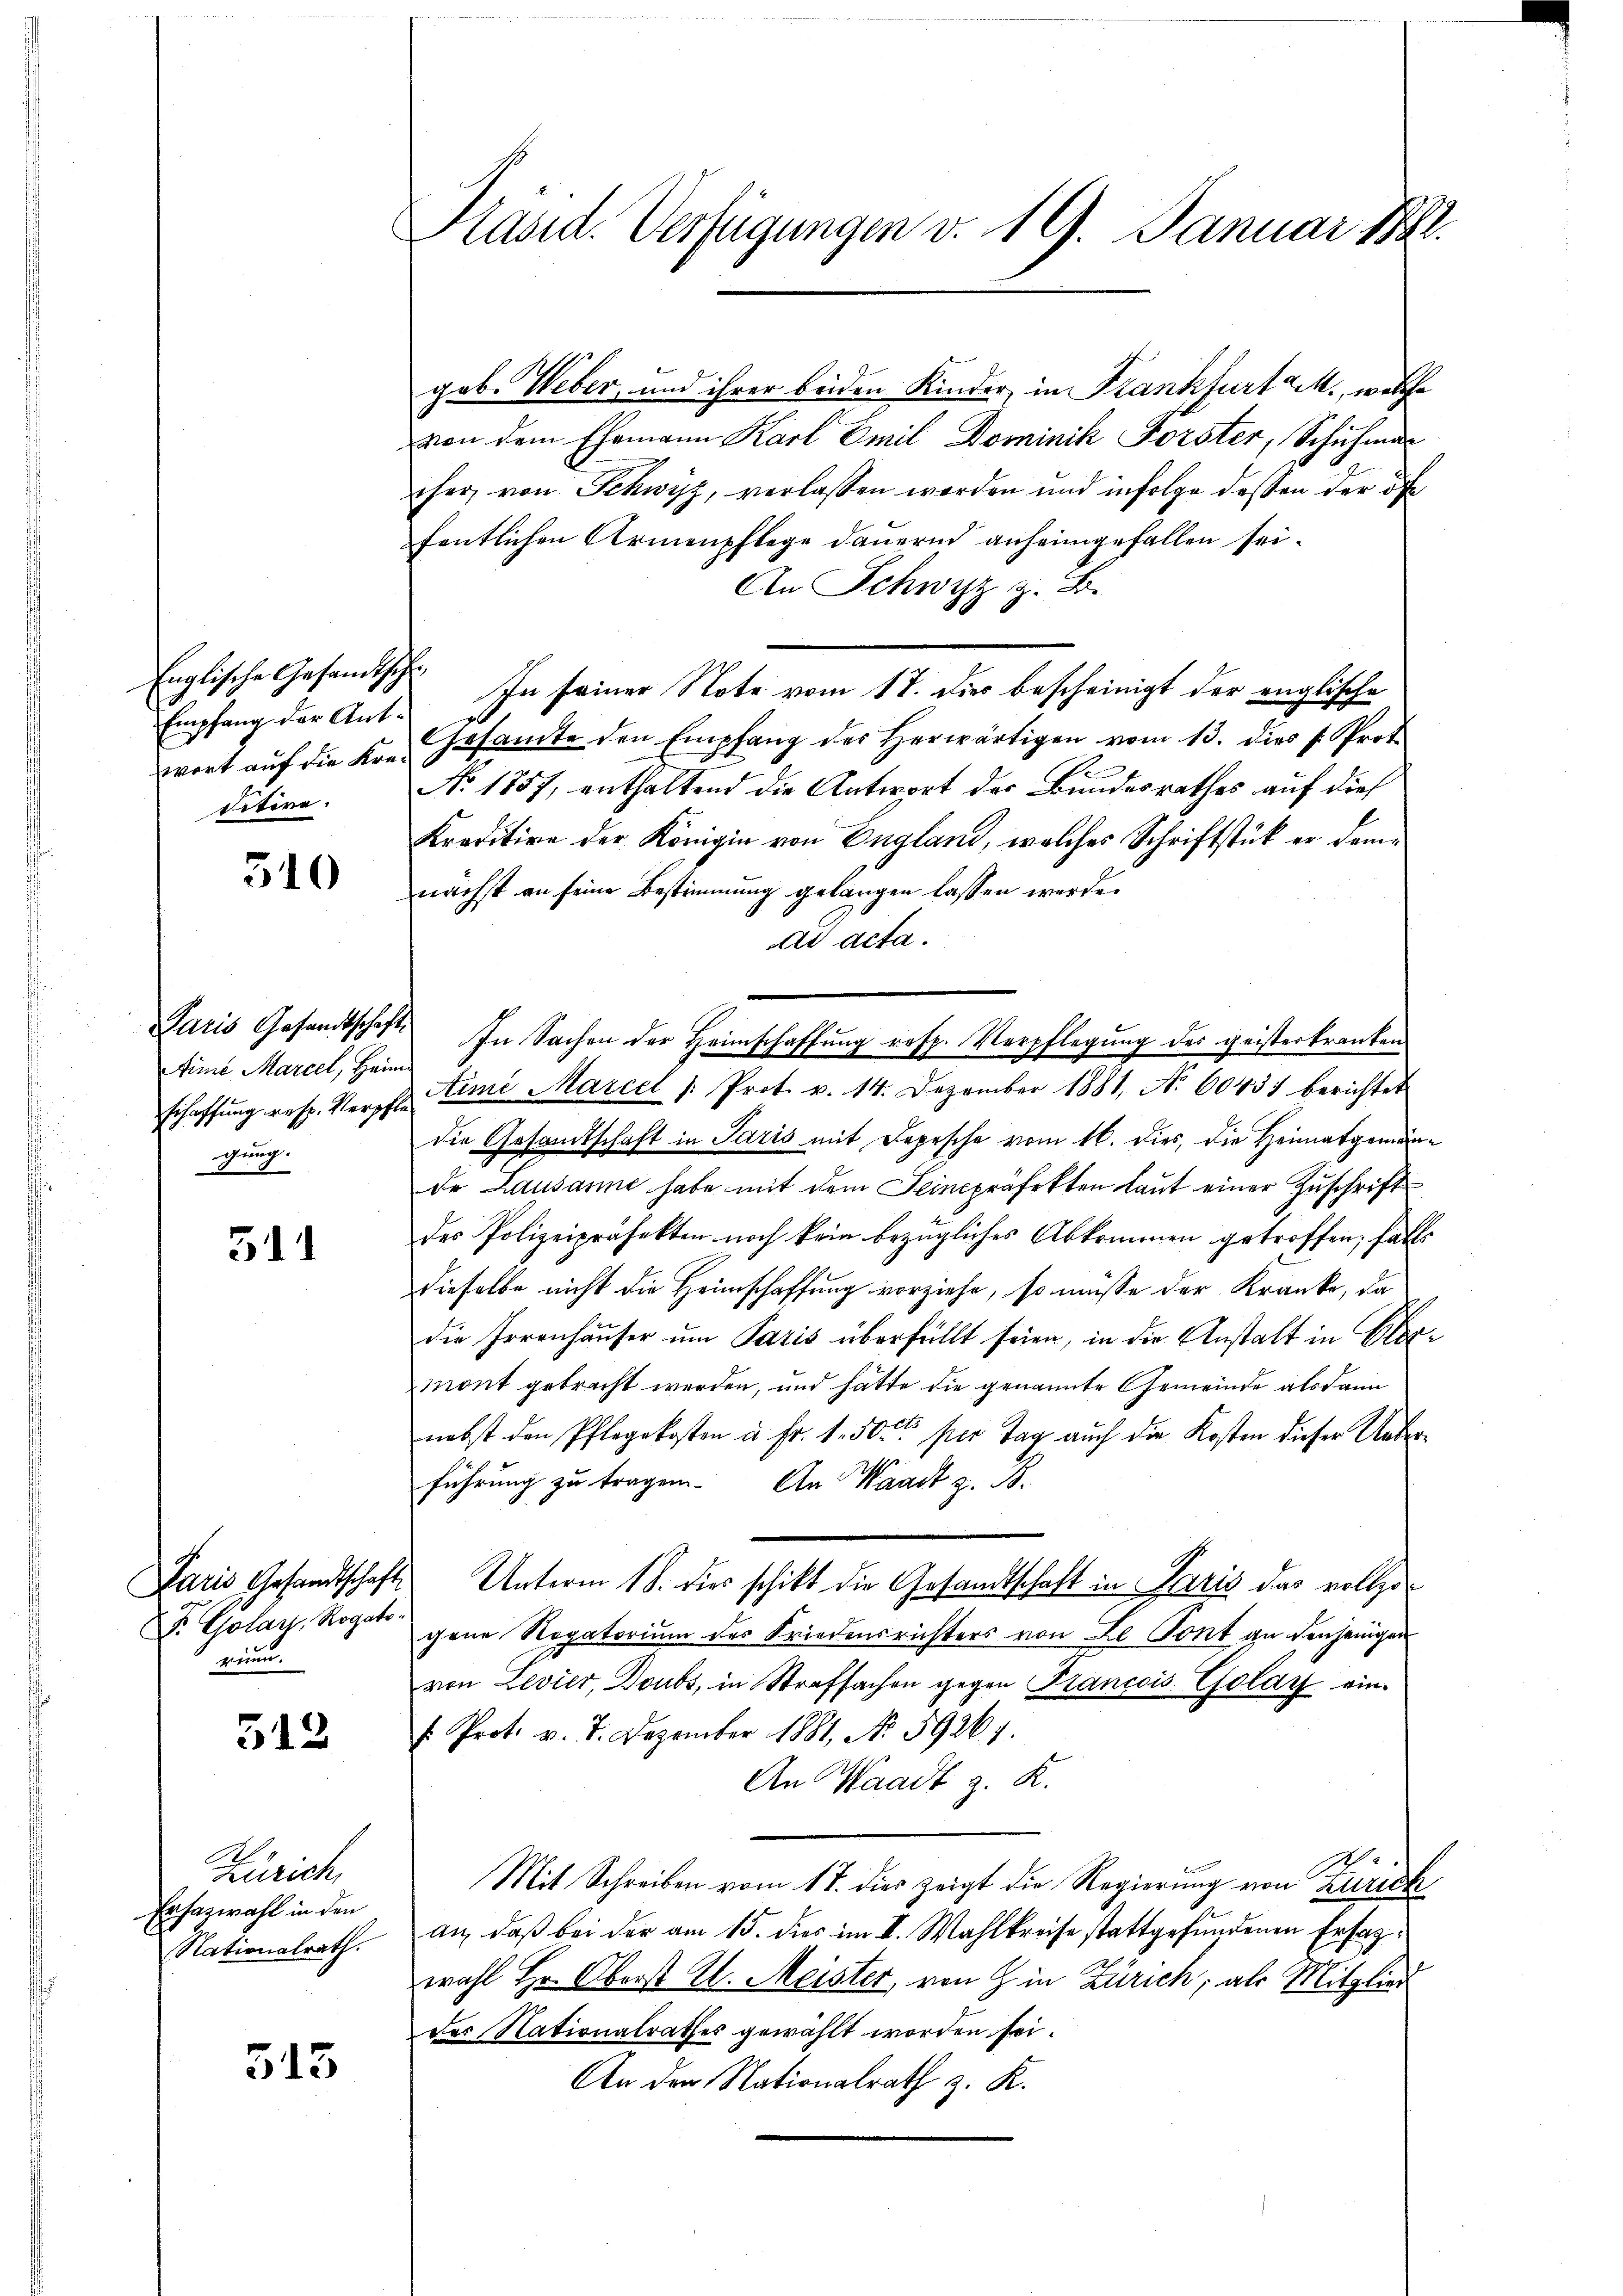
Englische Gesandtsch
Empfang der Antwort auf die Kondiditire.

510

Finie Marcel, Heim
gnung.
e

511

Fr. Golart, Rogato-
rin.

512

Zürich
Erfazwahl in den
Nationalrath.

315

Kand. Verfügungen v. 19. Januar 1882.

geb. Weber, und ihrer beiden Kinder, in Krankfurt M., welche
von dem Ehemann Karl Emil Dominik Forster, Schuhma
her von Schwyz, verlassen worden und infolge dessen der öf
fentlichen Armenpflege dauernd anheimgefallen sei.
An Schwyz z. B.
In seiner Note vom 17. dies bescheinigt der englische
Gesamte den Empfang des herwärtigen vom 13. dies s. Prot
No. 1857, enthaltend die Antwort der Bundesrathes auf dies
Kraditire der Königin von England, welches Schriftstück er demnächst an seine Bestimmung gelangen lassen werde.
ad acta.
Paris Gesandtschaft. In Sachen der Heimschaffung resp. Verpflegung der geisterkranken
schaffŭng resp. Verscha Eimi Marcel /: Prot. v. 14. Dezember 1881, No 60451 berichtet
die Gesandtschaft in Paris mit Depesche vom 16. dies, die Heimatgemeinde Lausanne habe mit dem Seincpräfekten laut einer Zuschrift
des Polizeipräfekten noch kein bezügliches Abkommen getroffen; falls
dieselbe nicht die Heimschaffung vorziehe, so müsse der Kranke, da
die Irrenhäuser um Paris überfüllt seien, in die Anstalt in Obermont gebracht werden, und hätte die genannte Gemeinde alsdann
nebst den Pflegekosten u. Fr. 1. 50 per Tag auch die Kosten dieser Unterführung zu tragen. An Waadt z. B.
Paris Gesandtschaft Unterm 18. dies schikt die Gesandtschaft in Paris das vollzigene Rogatorium des Friedensrichters von Le Pont an denjenigen
von Levier, Doubs, in Strafsachen gegen Plancois Golay ein
f Prot. v. 7. Dezember 1881, No. 59267.
An Waadt z. R.
Mit Schreiben vom 17. dies zeigt die Regierung von Zürich
an, daß bei der am 15. dies im II. Wahlkreise stattgefundenen Erfagwahl Hr. Oberst H. Meister, von G. in Zürich, als Mitglied
der Nationalrathes gewählt worden sei.
An der Nationalrath z. K.